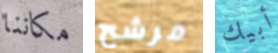
مكاننا مرشح أبيك